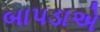
બાપડાએ